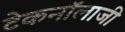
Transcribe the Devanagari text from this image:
टेकनॉलाजी